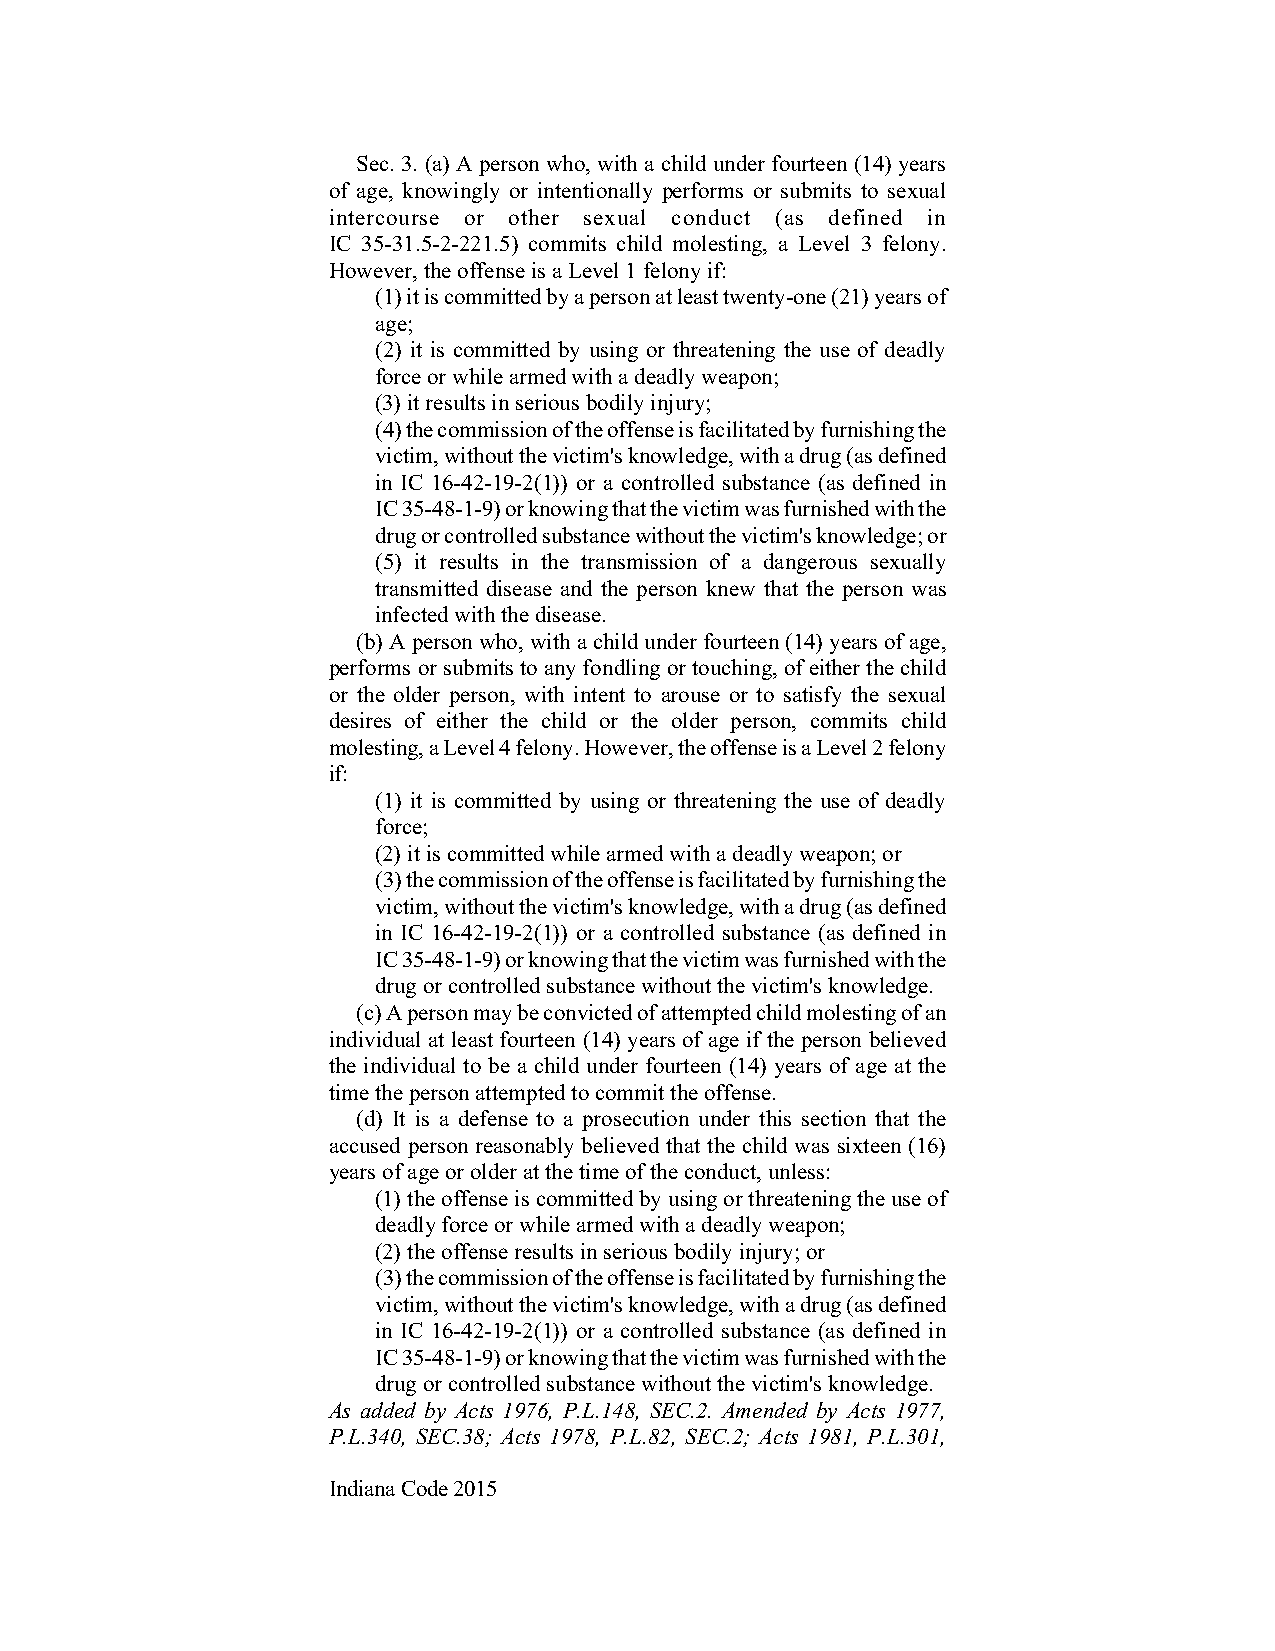
Sec. 3. (a) A person who, with a child under fourteen (14) years
 of age, knowingly or intentionally performs or submits to sexual
 intercourse or other sexual conduct (as defined in
 IC 35-31.5-2-221.5) commits child molesting, a Level 3 felony.
 However, the offense is a Level 1 felony if:
 (1) it is committed by a person at least twenty-one (21) years of
 age;
 (2) it is committed by using or threatening the use of deadly
 force or while armed with a deadly weapon;
 (3) it results in serious bodily injury;
 (4) the commission of the offense is facilitated by furnishing the
 victim, without the victim's knowledge, with a drug (as defined
 in IC 16-42-19-2(1)) or a controlled substance (as defined in
 IC 35-48-1-9) or knowing that the victim was furnished with the
 drug or controlled substance without the victim's knowledge; or
 (5) it results in the transmission of a dangerous sexually
 transmitted disease and the person knew that the person was
 infected with the disease.
 (b) A person who, with a child under fourteen (14) years of age,
 performs or submits to any fondling or touching, of either the child
 or the older person, with intent to arouse or to satisfy the sexual
 desires of either the child or the older person, commits child
 molesting, a Level 4 felony. However, the offense is a Level 2 felony
 if:
 (1) it is committed by using or threatening the use of deadly
 force;
 (2) it is committed while armed with a deadly weapon; or
 (3) the commission of the offense is facilitated by furnishing the
 victim, without the victim's knowledge, with a drug (as defined
 in IC 16-42-19-2(1)) or a controlled substance (as defined in
 IC 35-48-1-9) or knowing that the victim was furnished with the
 drug or controlled substance without the victim's knowledge.
 (c) A person may be convicted of attempted child molesting of an
 individual at least fourteen (14) years of age if the person believed
 the individual to be a child under fourteen (14) years of age at the
 time the person attempted to commit the offense.
 (d) It is a defense to a prosecution under this section that the
 accused person reasonably believed that the child was sixteen (16)
 years of age or older at the time of the conduct, unless:
 (1) the offense is committed by using or threatening the use of
 deadly force or while armed with a deadly weapon;
 (2) the offense results in serious bodily injury; or
 (3) the commission of the offense is facilitated by furnishing the
 victim, without the victim's knowledge, with a drug (as defined
 in IC 16-42-19-2(1)) or a controlled substance (as defined in
 IC 35-48-1-9) or knowing that the victim was furnished with the
 drug or controlled substance without the victim's knowledge.
 As added by Acts 1976, P.L.148, SEC.2. Amended by Acts 1977,
 P.L.340, SEC.38; Acts 1978, P.L.82, SEC.2; Acts 1981, P.L.301,
 Indiana Code 2015